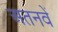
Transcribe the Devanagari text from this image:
अतनवें